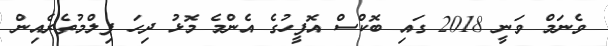
ވެނަމް ވަނީ 2018 ގައި ބޮކްސް އޮފީހުގެ އެންމެ މޮޅު ދިހަ ފިލްމުތެރެއިން